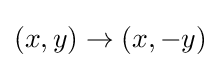
(x,y)\to (x,-y)